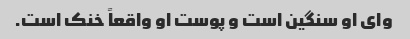
وای او سنگین است و پوست او واقعاً خنک است.